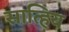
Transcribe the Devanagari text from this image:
सात्हिय